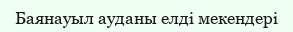
Баянауыл ауданы елді мекендері